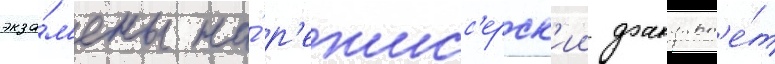
экза́м'ены на́ р'ежисс'ерск'ии факульт'е́т